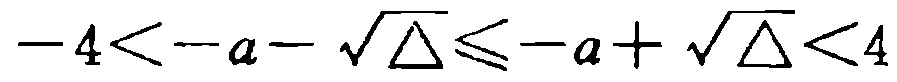
\(-4 < -a - \sqrt{\Delta} \leq -a + \sqrt{\Delta} < 4\)